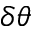
\delta \theta